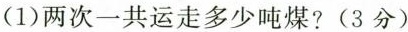
(1)两次一共运走多少吨煤?(3分)